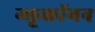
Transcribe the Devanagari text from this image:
ग्लूकॉगन